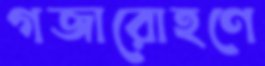
গজারোহণে